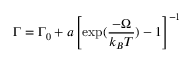
\Gamma = \Gamma _ { 0 } + a \left[ \exp ( \frac { - \Omega } { k _ { B } T } ) - 1 \right] ^ { - 1 }